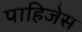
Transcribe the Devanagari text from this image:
पाहिजेस